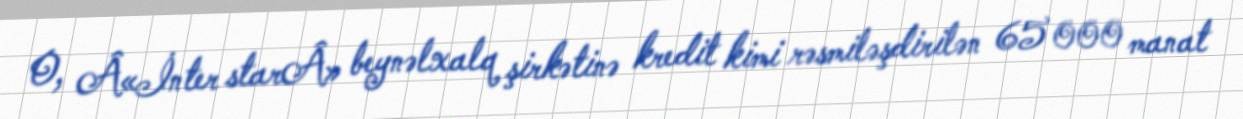
O, Â«İnter starÂ» beynəlxalq şirkətinə kredit kimi rəsmiləşdirilən 65 000 manat